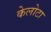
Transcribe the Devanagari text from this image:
केलोटा